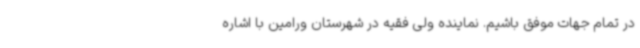
در تمام جهات موفق باشیم. نماینده ولی فقیه در شهرستان ورامین با اشاره